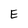
Character: E